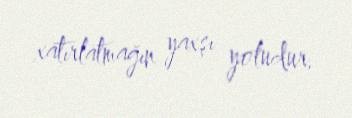
xatırlatmağın yaxşı yoludur.